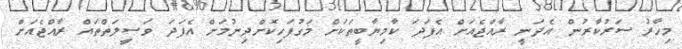
މިހާރު ސަރުކާރުން އެދަނީ ރާއްޖެއަށް އެފަދަ ކާމިޔާބީތަކަށް މަގުފަހިކޮށްދިނުމަށް އެފަދަ ވަސީލަތްތައް ރާއްޖެއަށް